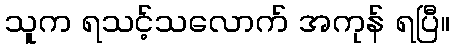
သူက ရသင့်သလောက် အကုန် ရပြီ။